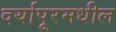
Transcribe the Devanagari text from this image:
दर्यापूरमधील